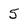
Character: 5